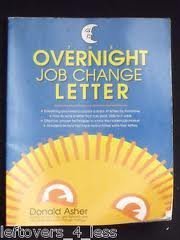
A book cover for The Overnight Job Change Letters; Donald Asher; Business & Money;